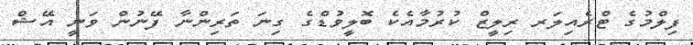
ފިލްމުގެ ޓްރެއިލަރ ރިލީޒް ކުރުމާއެކެ ބޮލީވުޑްގެ ގިނަ ތަރިންނާ ފޭނުން ވަނީ އޭޝް